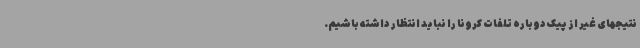
نتیجهای غیر از پیک دوباره تلفات کرونا را نباید انتظار داشته باشیم.